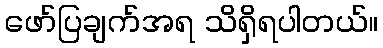
ဖော်ပြချက်အရ သိရှိရပါတယ်။